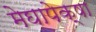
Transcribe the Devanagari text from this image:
मेघापेक्षा